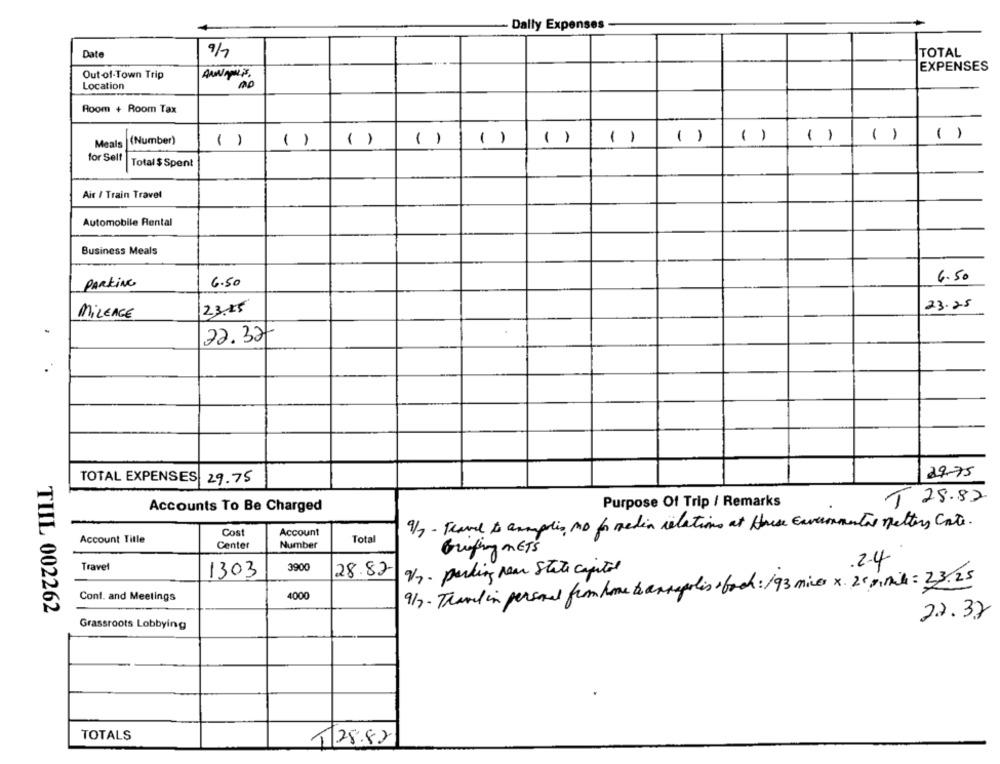
- Dally Expenses
Date
9/7
TOTAL
EXPENSES
Out -of-Town Trip
Location
Room + Room Tax
( )
( )
()
()
( )
Meals
(Number)
( )
( )
( )
( )
( )
()
()
for Self
Total $ Spent
Air / Train Travel
Automobile Rental
Business Meals
PARKING
6.50
6.50
23.25
MILEAGE
23.55
22.32
29.75
TOTAL EXPENSES
29.75
Purpose Of Trip / Remarks
T 28.87
Accounts To Be Charged
9/7- Travel to anapolis no for media relations at these Environmental matters Carte.
Cost
Account
Account Title
Total
Center
Number
Briefing METS
Travel
.2.4
1303
3900
28.82
V/2. parking rear State capitol
9/7. Thank in personal from home te annapolis book: 193 mins x 20 simile : 33.25
Cont. and Meetings
4000
TIIL 002262
22.32
Grassroots Lobbying
TOTALS
28.82